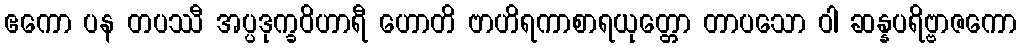
ဧကော ပန တပဿီ အပ္ပဒုက္ခဝိဟာရီ ဟောတိ ဗာဟိရကာစာရယုတ္တော တာပသော ဝါ ဆန္နပရိဗ္ဗာဇကော